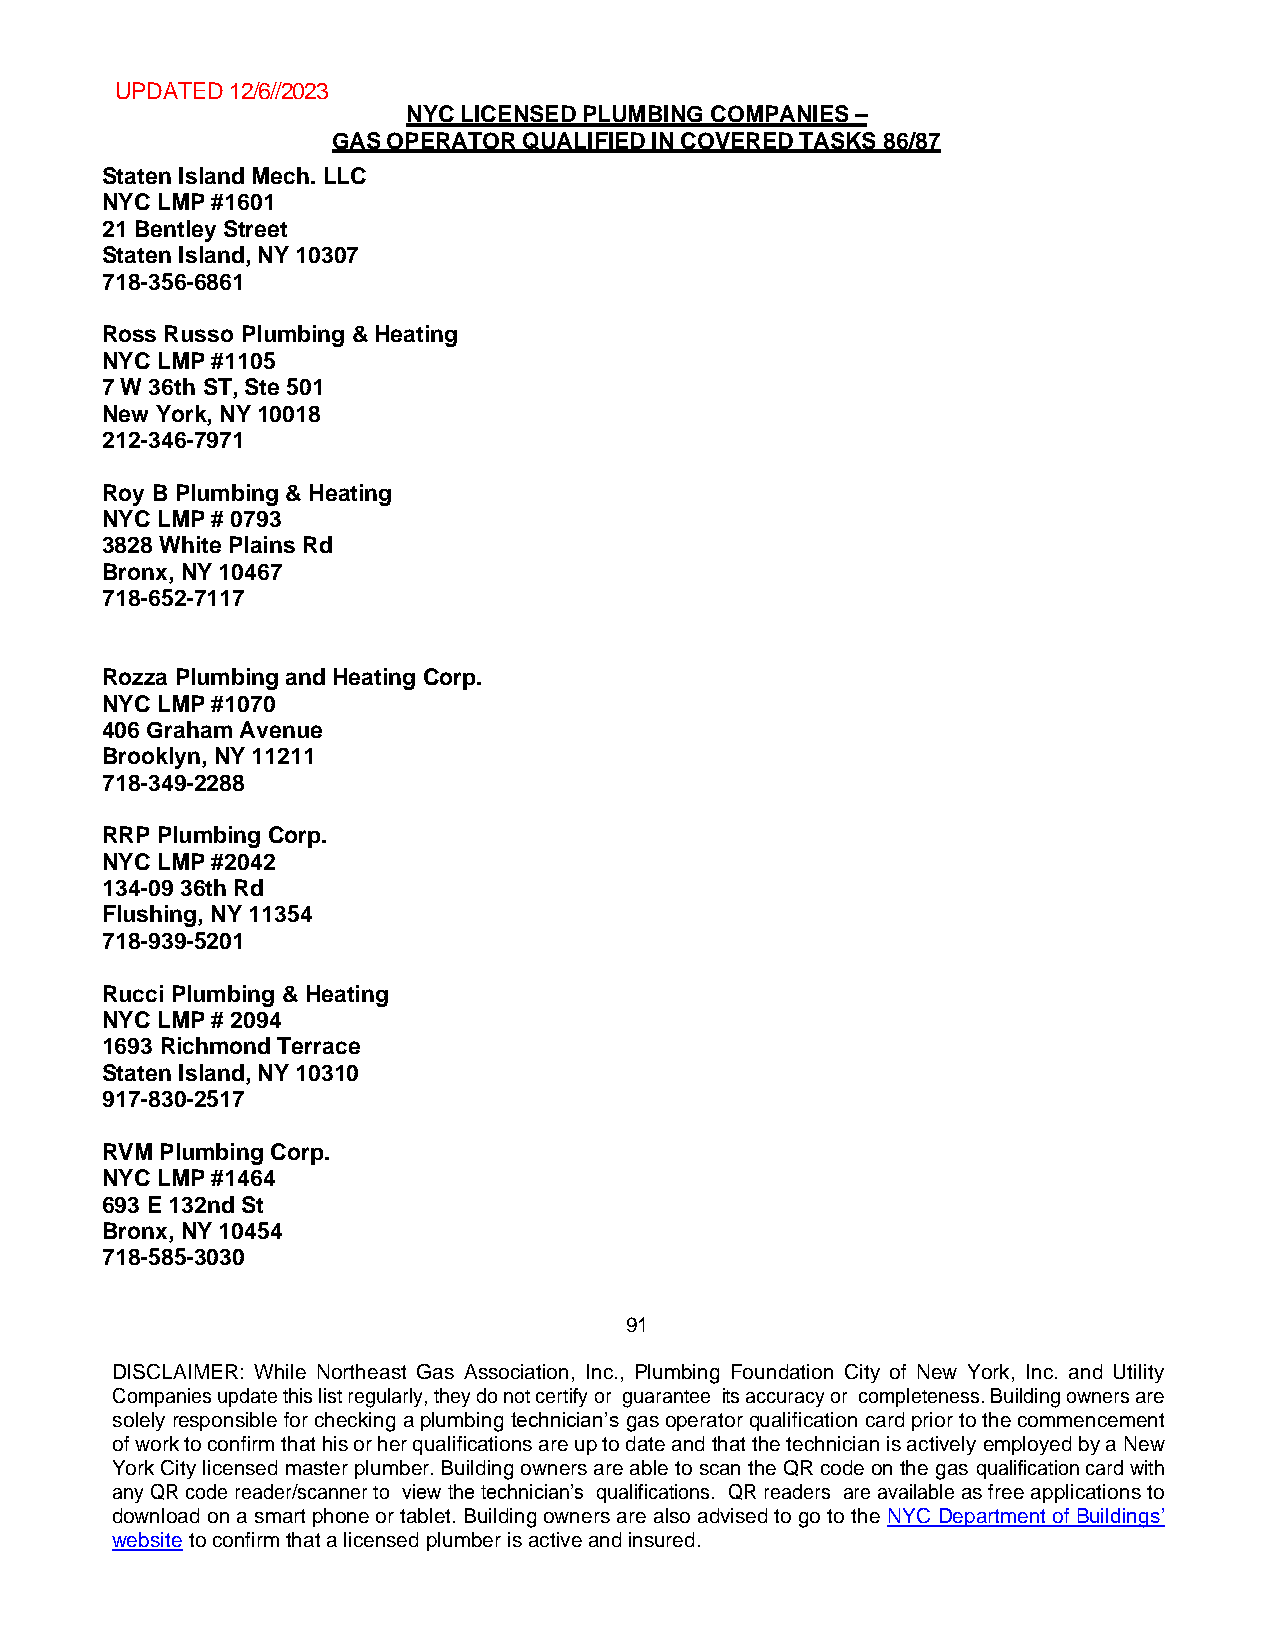
UPDATED 12/6//2023
 NYC LICENSED PLUMBING COMPANIES –
 GAS OPERATOR QUALIFIED IN COVERED TASKS 86/87
 Staten Island Mech. LLC
 NYC LMP #1601
 21 Bentley Street
 Staten Island, NY 10307
 718-356-6861
 Ross Russo Plumbing & Heating
 NYC LMP #1105
 7 W 36th ST, Ste 501
 New York, NY 10018
 212-346-7971
 Roy B Plumbing & Heating
 NYC LMP # 0793
 3828 White Plains Rd
 Bronx, NY 10467
 718-652-7117
 Rozza Plumbing and Heating Corp.
 NYC LMP #1070
 406 Graham Avenue
 Brooklyn, NY 11211
 718-349-2288
 RRP Plumbing Corp.
 NYC LMP #2042
 134-09 36th Rd
 Flushing, NY 11354
 718-939-5201
 Rucci Plumbing & Heating
 NYC LMP # 2094
 1693 Richmond Terrace
 Staten Island, NY 10310
 917-830-2517
 RVM Plumbing Corp.
 NYC LMP #1464
 693 E 132nd St
 Bronx, NY 10454
 718-585-3030
 91
 DISCLAIMER: While Northeast Gas Association, Inc., Plumbing Foundation City of New York, Inc. and Utility
 Companies update this list regularly, they do not certify or guarantee its accuracy or completeness. Building owners are
 solely responsible for checking a plumbing technician’s gas operator qualification card prior to the commencement
 of work to confirm that his or her qualifications are up to date and that the technician is actively employed by a New
 York City licensed master plumber. Building owners are able to scan the QR code on the gas qualification card with
 any QR code reader/scanner to view the technician’s qualifications. QR readers are available as free applications to
 download on a smart phone or tablet. Building owners are also advised to go to the NYC Department of Buildings’
 website to confirm that a licensed plumber is active and insured.